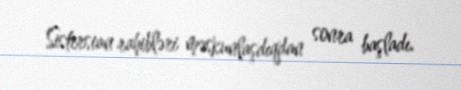
Sistersian rahibləri məskunlaşdıqdan sonra başladı.